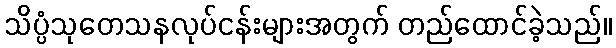
သိပ္ပံသုတေသနလုပ်ငန်းများအတွက် တည်ထောင်ခဲ့သည်။